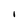
Character: I